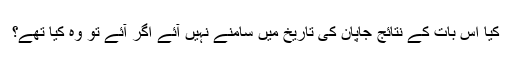
کیا اس بات کے نتائج جاپان کی تاریخ میں سامنے نہیں آئے اگر آئے تو وہ کیا تھے؟